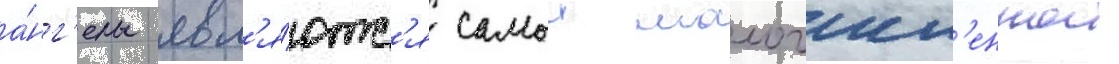
а́нг'елы явл'я́ютс'я самои малочисл'еннои